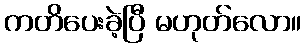
ကတိပေးခဲ့ပြီ မဟုတ်လော။